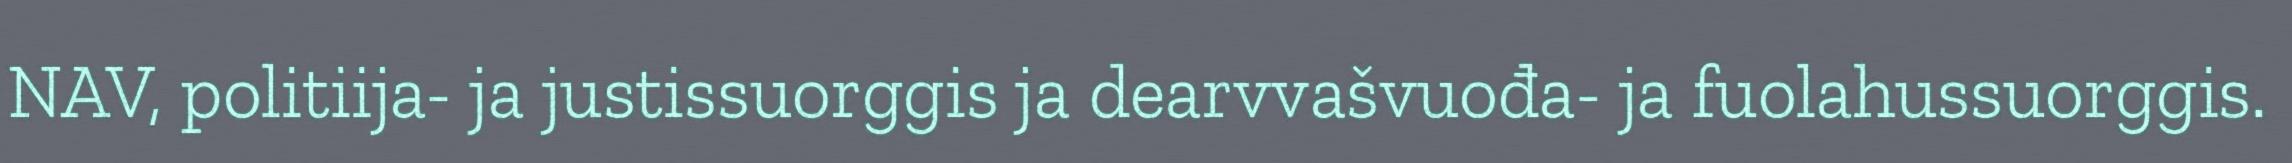
NAV, politiija- ja justissuorggis ja dearvvašvuođa- ja fuolahussuorggis.